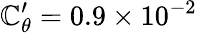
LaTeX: \mathbb{C}_{\theta}^{\prime}=0.9\times10^{-2}